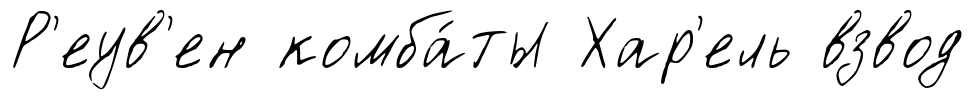
Р'еув'ен комба́ты Хар'ель взвод